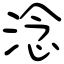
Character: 淰